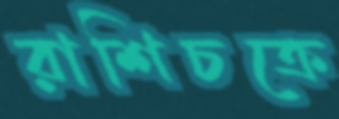
রাশিচক্রে